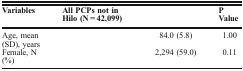
<table><thead><tr><td><b>Variables</b></td><td><b>All PCPs not in Hilo (N = 42,099)</b></td><td>[EMPTY_CELL]</td><td><b>P Value</b></td></tr></thead><tbody><tr><td>Age, mean (SD), years</td><td>[EMPTY_CELL]</td><td>84.0 (5.8)</td><td>1.00</td></tr><tr><td>Female, N (%)</td><td>[EMPTY_CELL]</td><td>2,294 (59.0)</td><td>0.11</td></tr></tbody></table>